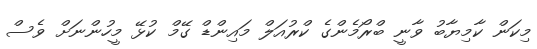
މިކަން ކާމިޔާބު ވާނީ ބްރޯމެންގެ ކްރުއަލް މައިންޑް ގޭމް ކުޅޭ މީހުންނަށް ވެސް